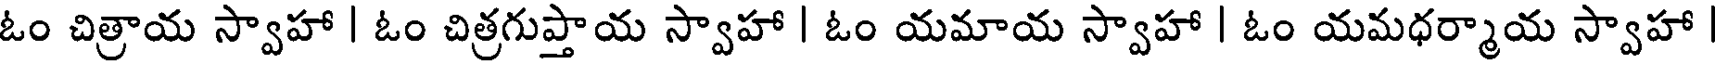
ఓం చిత్రాయ స్వాహా | ఓం చిత్రగుప్తాయ స్వాహా | ఓం యమాయ స్వాహా | ఓం యమధర్మాయ స్వాహా